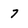
Character: 7